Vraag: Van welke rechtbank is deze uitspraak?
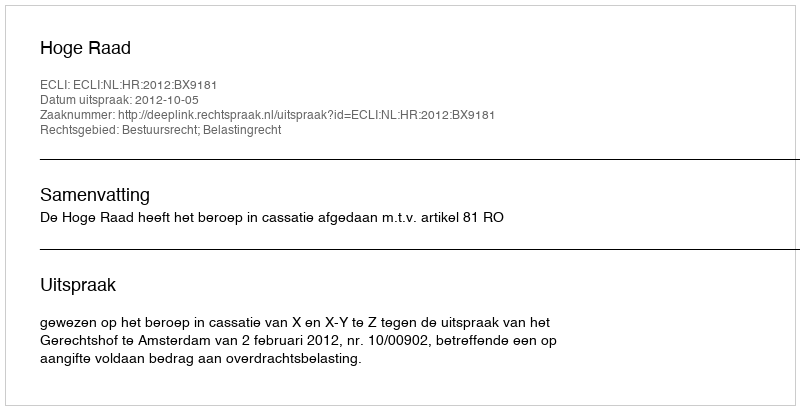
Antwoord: Hoge Raad